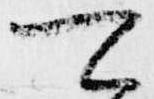
可